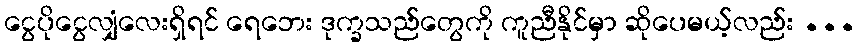
ငွေပိုငွေလျှံလေးရှိရင် ရေဘေး ဒုက္ခသည်တွေကို ကူညီနိုင်မှာ ဆိုပေမယ့်လည်း ...